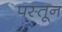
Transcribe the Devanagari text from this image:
पस्तून